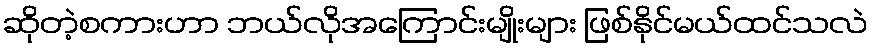
ဆိုတဲ့စကားဟာ ဘယ်လိုအကြောင်းမျိုးများ ဖြစ်နိုင်မယ်ထင်သလဲ